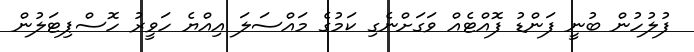
ފުލުހުން ބުނީ ފަންޑު ފޮއްޓެއް ވަގަށްނެގި ކަމުގެ މައްސަލަ އިއްޔެ ހަވީރު ހޮސްޕިޓަލުން